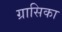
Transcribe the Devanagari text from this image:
ग्रासिका